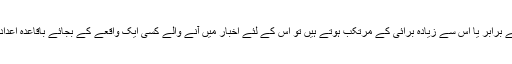
اگر کوئی یہ دعوی کرے کہ نماز پڑھنے والے دوسرے کے برابر یا اس سے زیادہ برائی کے مرتکب ہوتے ہیں تو اس کے لئے اخبار میں آنے والے کسی ایک واقعے کے بجائے باقاعدہ اعداد و شمار ہونے چاہئے جو کہ ان کے پاس کبھی نہیں ہوتے۔